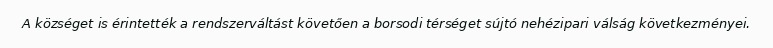
A községet is érintették a rendszerváltást követően a borsodi térséget sújtó nehézipari válság következményei.